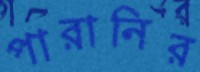
পারানির